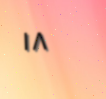
١٨